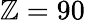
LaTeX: \mathbb{Z}=90